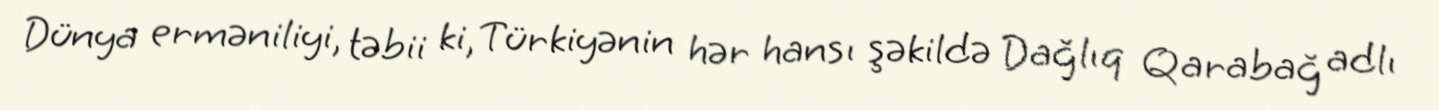
Dünya erməniliyi, təbii ki, Türkiyənin hər hansı şəkildə Dağlıq Qarabağ adlı